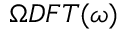
\Omega D F T ( \omega )